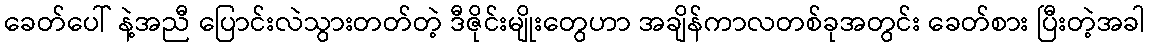
ခေတ်ပေါ် နဲ့အညီ ပြောင်းလဲသွားတတ်တဲ့ ဒီဇိုင်းမျိုးတွေဟာ အချိန်ကာလတစ်ခုအတွင်း ခေတ်စား ပြီးတဲ့အခါ